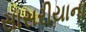
સાસરીયાના